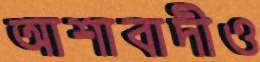
আশাবাদীও